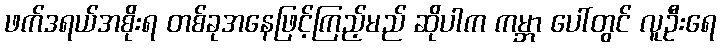
ဖက်ဒရယ်အစိုးရ တစ်ခုအနေဖြင့်ကြည့်မည် ဆိုပါက ကမ္ဘာ ပေါ်တွင် လူဦးရေ